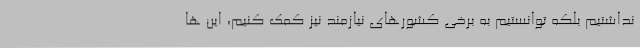
نداشتیم بلکه توانستیم به برخی کشورهای نیازمند نیز کمک کنیم، این ها